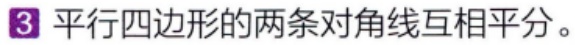
3 平行四边形的两条对角线互相平分。